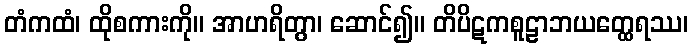
တံကထံ၊ ထိုစကားကို။ အာဟရိတွာ၊ ဆောင်၍။ တိပိဋကစူဠာဘယတ္ထေရဿ၊